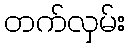
တက်လှမ်း